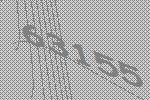
63155